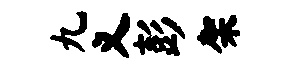
九义彭架